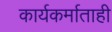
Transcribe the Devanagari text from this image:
कार्यकर्माताही